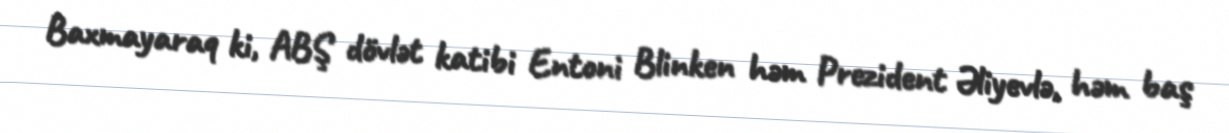
Baxmayaraq ki, ABŞ dövlət katibi Entoni Blinken həm Prezident Əliyevlə, həm baş